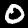
Label: 0